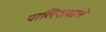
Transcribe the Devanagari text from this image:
पालिशवाले